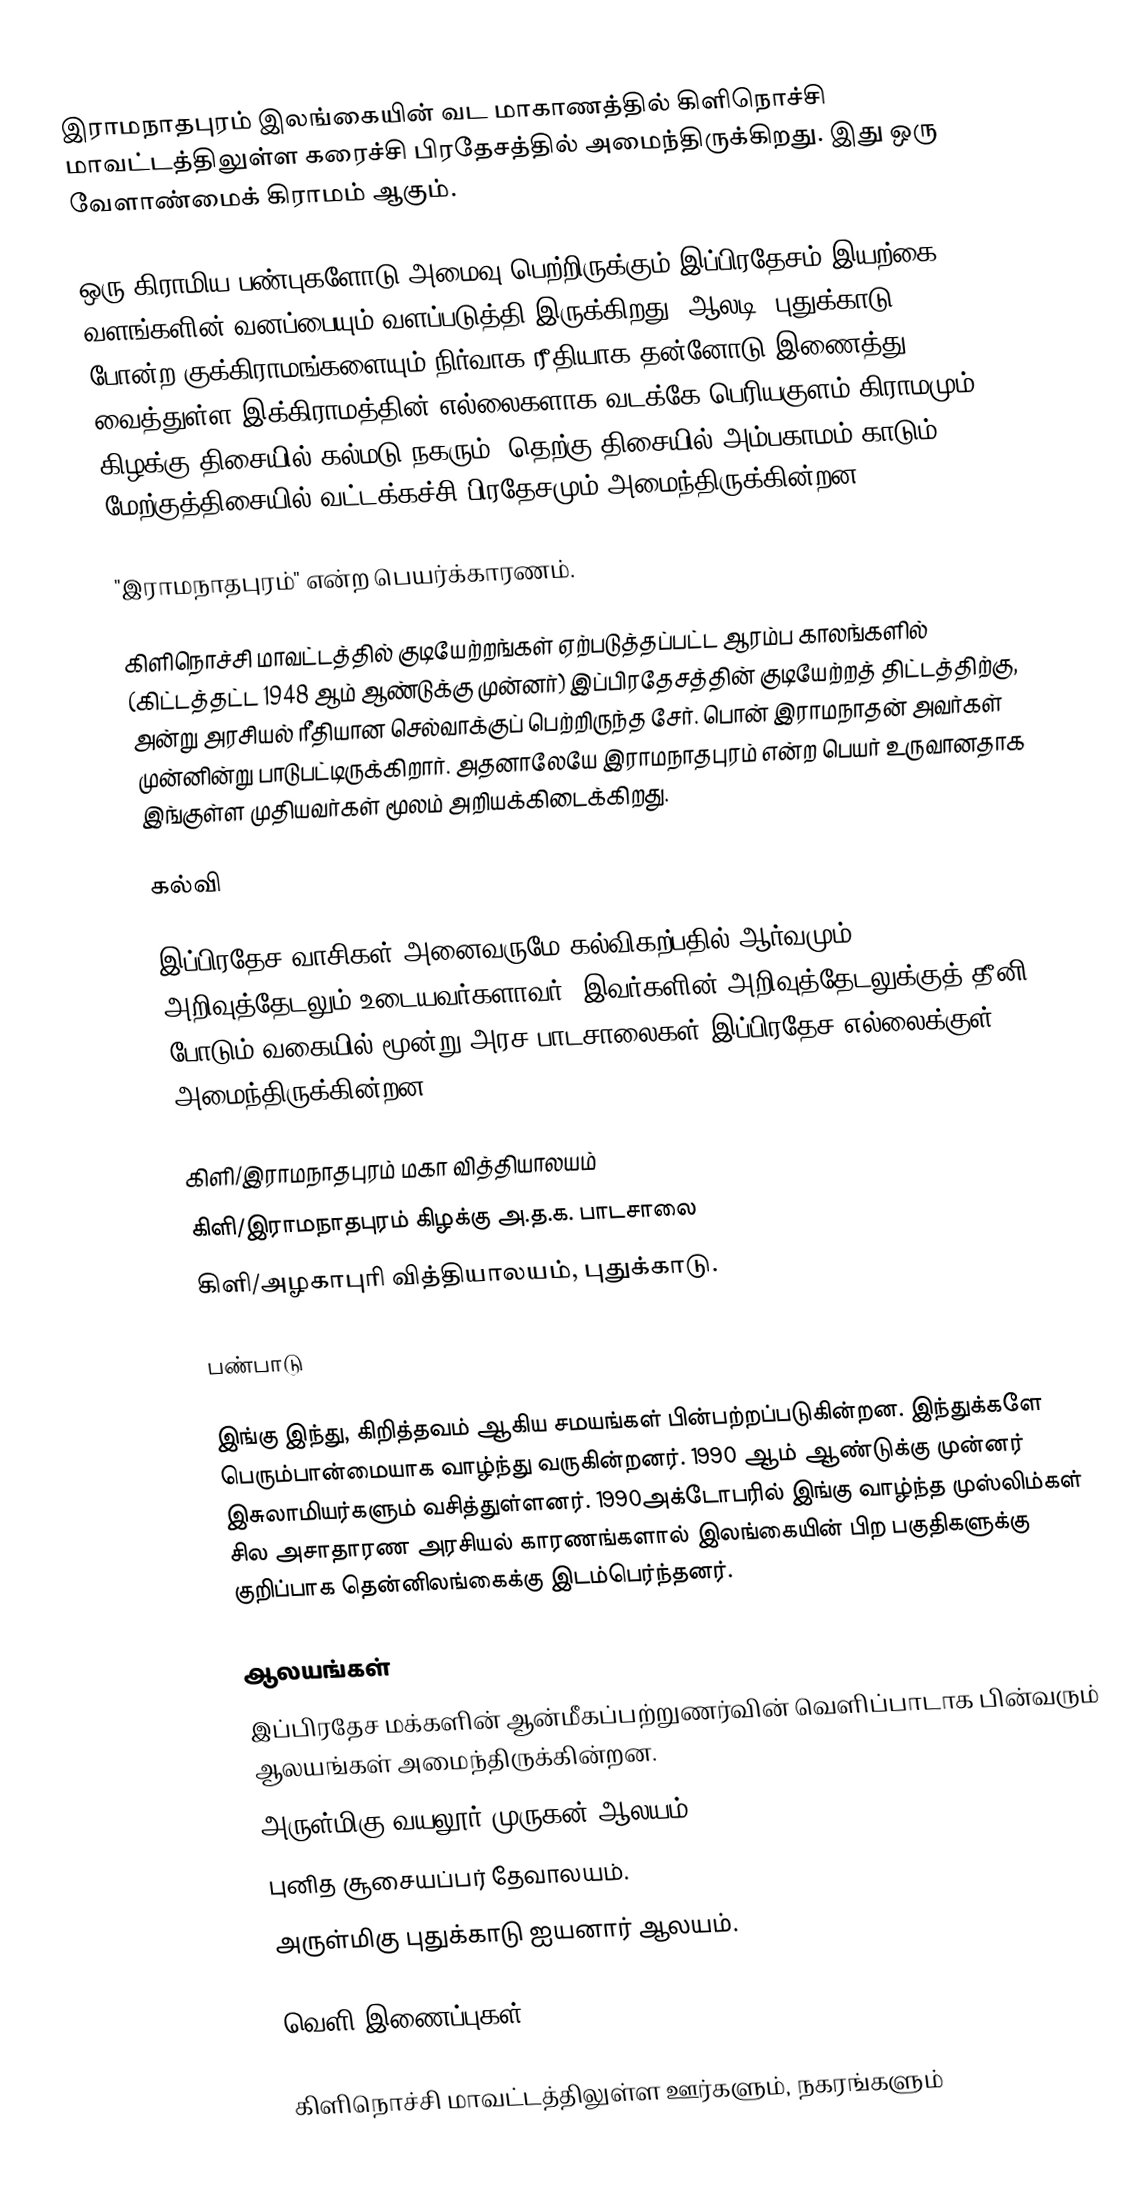
இராமநாதபுரம் இலங்கையின் வட மாகாணத்தில் கிளிநொச்சி மாவட்டத்திலுள்ள கரைச்சி பிரதேசத்தில் அமைந்திருக்கிறது. இது ஒரு வேளாண்மைக் கிராமம் ஆகும்.

ஒரு கிராமிய பண்புகளோடு அமைவு பெற்றிருக்கும் இப்பிரதேசம் இயற்கை வளங்களின் வனப்பையும் வளப்படுத்தி இருக்கிறது. ஆலடி, புதுக்காடு போன்ற குக்கிராமங்களையும் நிர்வாக ரீதியாக தன்னோடு இணைத்து வைத்துள்ள இக்கிராமத்தின் எல்லைகளாக வடக்கே பெரியகுளம் கிராமமும், கிழக்கு திசையில் கல்மடு நகரும், தெற்கு திசையில் அம்பகாமம் காடும் மேற்குத்திசையில் வட்டக்கச்சி பிரதேசமும் அமைந்திருக்கின்றன.

"இராமநாதபுரம்" என்ற பெயர்க்காரணம்.

கிளிநொச்சி மாவட்டத்தில் குடியேற்றங்கள் ஏற்படுத்தப்பட்ட ஆரம்ப காலங்களில் (கிட்டத்தட்ட 1948 ஆம் ஆண்டுக்கு முன்னர்) இப்பிரதேசத்தின் குடியேற்றத் திட்டத்திற்கு, அன்று அரசியல் ரீதியான செல்வாக்குப் பெற்றிருந்த சேர். பொன் இராமநாதன் அவர்கள் முன்னின்று பாடுபட்டிருக்கிறார். அதனாலேயே இராமநாதபுரம் என்ற பெயர் உருவானதாக இங்குள்ள முதியவர்கள் மூலம் அறியக்கிடைக்கிறது.

கல்வி

இப்பிரதேச வாசிகள் அனைவருமே கல்விகற்பதில் ஆர்வமும், அறிவுத்தேடலும் உடையவர்களாவர். இவர்களின் அறிவுத்தேடலுக்குத் தீனி போடும் வகையில் மூன்று அரச பாடசாலைகள் இப்பிரதேச எல்லைக்குள் அமைந்திருக்கின்றன.

கிளி/இராமநாதபுரம் மகா வித்தியாலயம்
கிளி/இராமநாதபுரம் கிழக்கு அ.த.க. பாடசாலை
கிளி/அழகாபுரி வித்தியாலயம், புதுக்காடு.

பண்பாடு

இங்கு இந்து, கிறித்தவம் ஆகிய சமயங்கள் பின்பற்றப்படுகின்றன. இந்துக்களே பெரும்பான்மையாக வாழ்ந்து வருகின்றனர். 1990 ஆம் ஆண்டுக்கு முன்னர் இசுலாமியர்களும் வசித்துள்ளனர். 1990அக்டோபரில் இங்கு வாழ்ந்த முஸ்லிம்கள் சில அசாதாரண அரசியல் காரணங்களால் இலங்கையின் பிற பகுதிகளுக்கு குறிப்பாக தென்னிலங்கைக்கு இடம்பெர்ந்தனர்.

ஆலயங்கள்
இப்பிரதேச மக்களின் ஆன்மீகப்பற்றுணர்வின் வெளிப்பாடாக பின்வரும் ஆலயங்கள் அமைந்திருக்கின்றன.
அருள்மிகு வயலூர் முருகன் ஆலயம்.
புனித சூசையப்பர் தேவாலயம்.
அருள்மிகு புதுக்காடு ஐயனார் ஆலயம்.

வெளி இணைப்புகள்

கிளிநொச்சி மாவட்டத்திலுள்ள ஊர்களும், நகரங்களும்